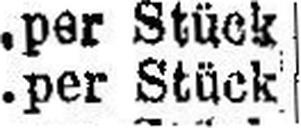
per Stück